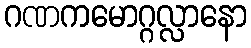
ဂဏကမောဂ္ဂလ္လာနော